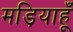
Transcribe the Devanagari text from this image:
मड़ियाहूँ